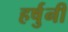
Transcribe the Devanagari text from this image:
हर्षुनी